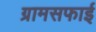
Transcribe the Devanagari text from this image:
ग्रामसफाई